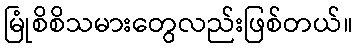
မြုံစိစိသမားတွေလည်းဖြစ်တယ်။